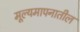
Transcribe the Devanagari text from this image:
मूल्यमापनातील